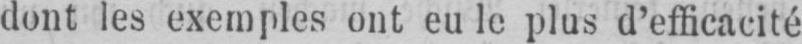
dont les exemples ont eu le plus d’efficacité